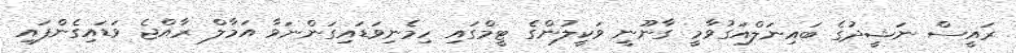
ރައީސް ނަޝީދުގެ ބައިނަލްއަގުވާމީ ގާނޫނީ ވަކީލުންގެ ޓީމްގައި ހިމެނިވަޑައިގަންނަވާ އަމާލް ރާއްޖެ ވަޑައިގެންފައި